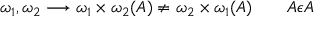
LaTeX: \omega _ { 1 } , \omega _ { 2 } \longrightarrow \omega _ { 1 } \times \omega _ { 2 } ( A ) \not = \omega _ { 2 } \times \omega _ { 1 } ( A ) \qquad A \epsilon { \cal A }